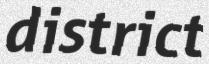
district